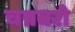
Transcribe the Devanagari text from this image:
चन्नवरो